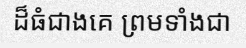
ដ៏ធំជាងគេ ព្រមទាំងជា